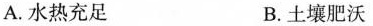
A.水热充足 B.土壤肥沃